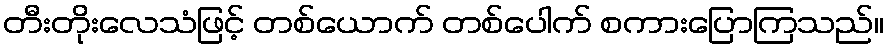
တီးတိုးလေသံဖြင့် တစ်ယောက် တစ်ပေါက် စကားပြောကြသည်။